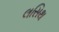
લસિથ